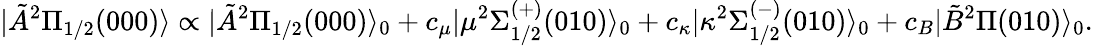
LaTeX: |\tilde{A}{}^{2}\Pi_{1/2}(000)\rangle\propto|\tilde{A}{}^{2}\Pi_{1/2}(000)\rangle_{0}+c_{\mu}|\mu{}^{2}\Sigma_{1/2}^{(+)}(010)\rangle_{0}+c_{\kappa}|\kappa{}^{2}\Sigma_{1/2}^{(-)}(010)\rangle_{0}+c_{B}|\tilde{B}{}^{2}\Pi(010)\rangle_{0}.